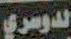
الدوسري